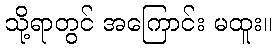
သို့ရာတွင် အကြောင်း မထူး။